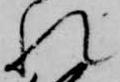
れ